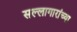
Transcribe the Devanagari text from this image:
सल्लागारांच्या